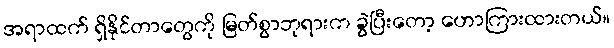
အရာထက် ရှိနိုင်တာတွေကို မြတ်စွာဘုရားက ခွဲပြီးတော့ ဟောကြားထားတယ်။